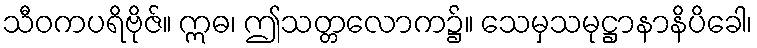
သီဝကပရိဗိုဇ်။ ဣဓ၊ ဤသတ္တလောက၌။ သေမှသမုဋ္ဌာနာနိပိခေါ၊